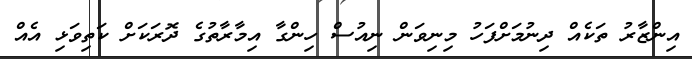
އިންޒާރު ތަކެއް ދިނުމަށްފަހު މިނިވަން ނިއުސް ހިންގާ އިމާރާތުގެ ދޮރަކަށް ކަތިވަޅި އެއް